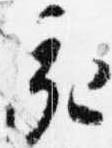
亥